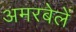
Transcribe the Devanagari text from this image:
अमरबेलें